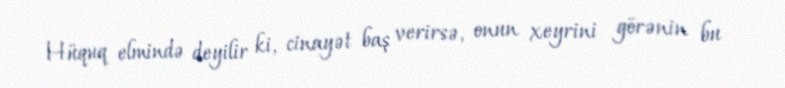
Hüquq elmində deyilir ki, cinayət baş verirsə, onun xeyrini görənin bu